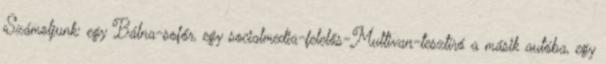
Számoljunk: egy Bálna-sofőr, egy socialmedia-felelős-Multivan-tesztíró a másik autóba, egy